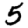
Digit: 5